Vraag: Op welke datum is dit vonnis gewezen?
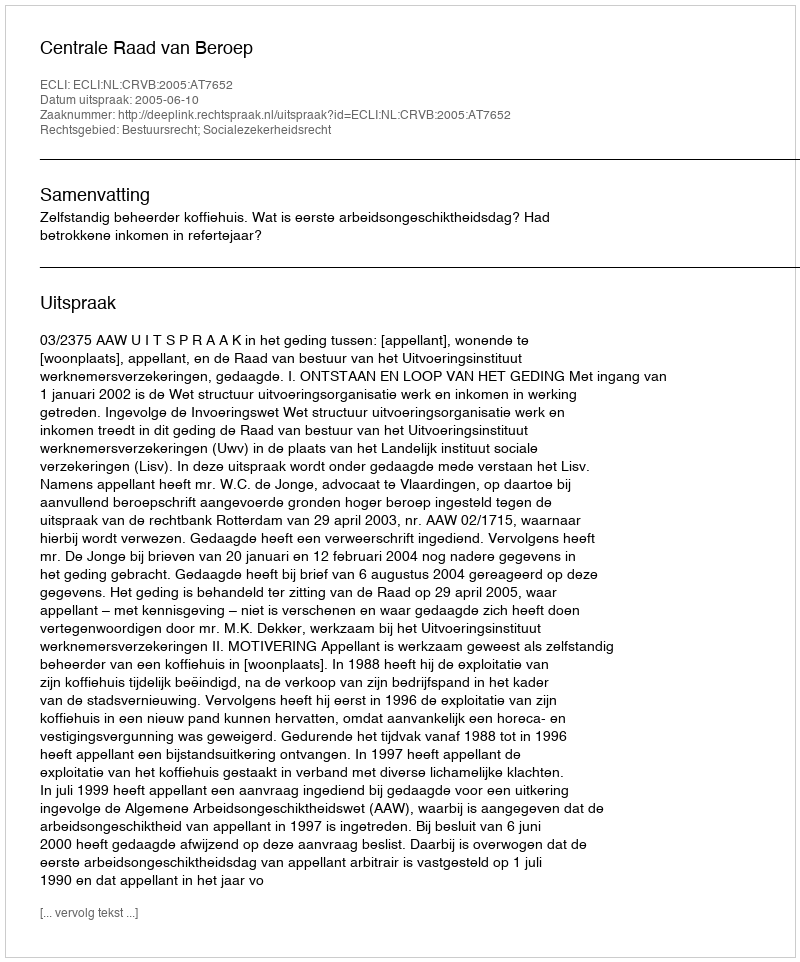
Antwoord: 2005-06-10